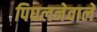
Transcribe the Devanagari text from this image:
पिघलनेवाले